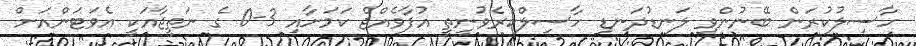
ހާސިލުކުރަން ބޭނުންވި ލަނޑުދަނޑި ހާސިލްކުރެވުނީތީ އުފާވެއްޖެ ކަމަށާއި 3-0 ގެ ނަތީޖާއަކީ އެވަޓަންއަށް